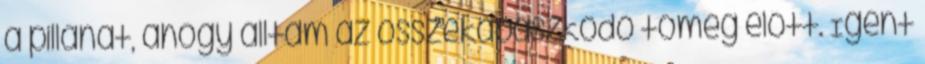
a pillanat, ahogy álltam az összekapaszkodó tömeg előtt. Igent